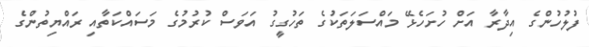
ފުލުހުންގެ އިދާރާ އަށް ހުށަހެޅޭ މައްސަލަތަކުގެ ތަހުގީގު އަވަސް ކުރުމުގެ މަސައްކަތާއި ރައްޔިތުންގެ